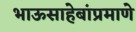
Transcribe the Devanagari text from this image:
भाऊसाहेबांप्रमाणे